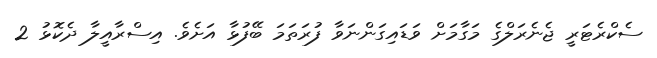
ސެކްރެޓަރީ ޖެނެރަލްގެ މަގާމަށް ވަޑައިގަންނަވާ ފުރަތަމަ ބޭފުޅާ އަށެވެ. އިސްރާއީލާ ދެކޮޅު 2